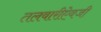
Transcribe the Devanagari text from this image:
तलवारीऐवजी